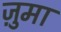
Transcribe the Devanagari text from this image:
ज़ुमा